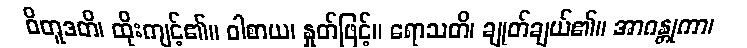
ဝိတူဒတိ၊ ထိုးကျင့်၏။ ဝါစာယ၊ နှုတ်ဖြင့်။ ရောသတိ၊ ချုတ်ချယ်၏။ အာဂန္တုကာ၊